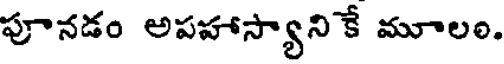
పూనడం అపహాస్యాని కే మూలం.